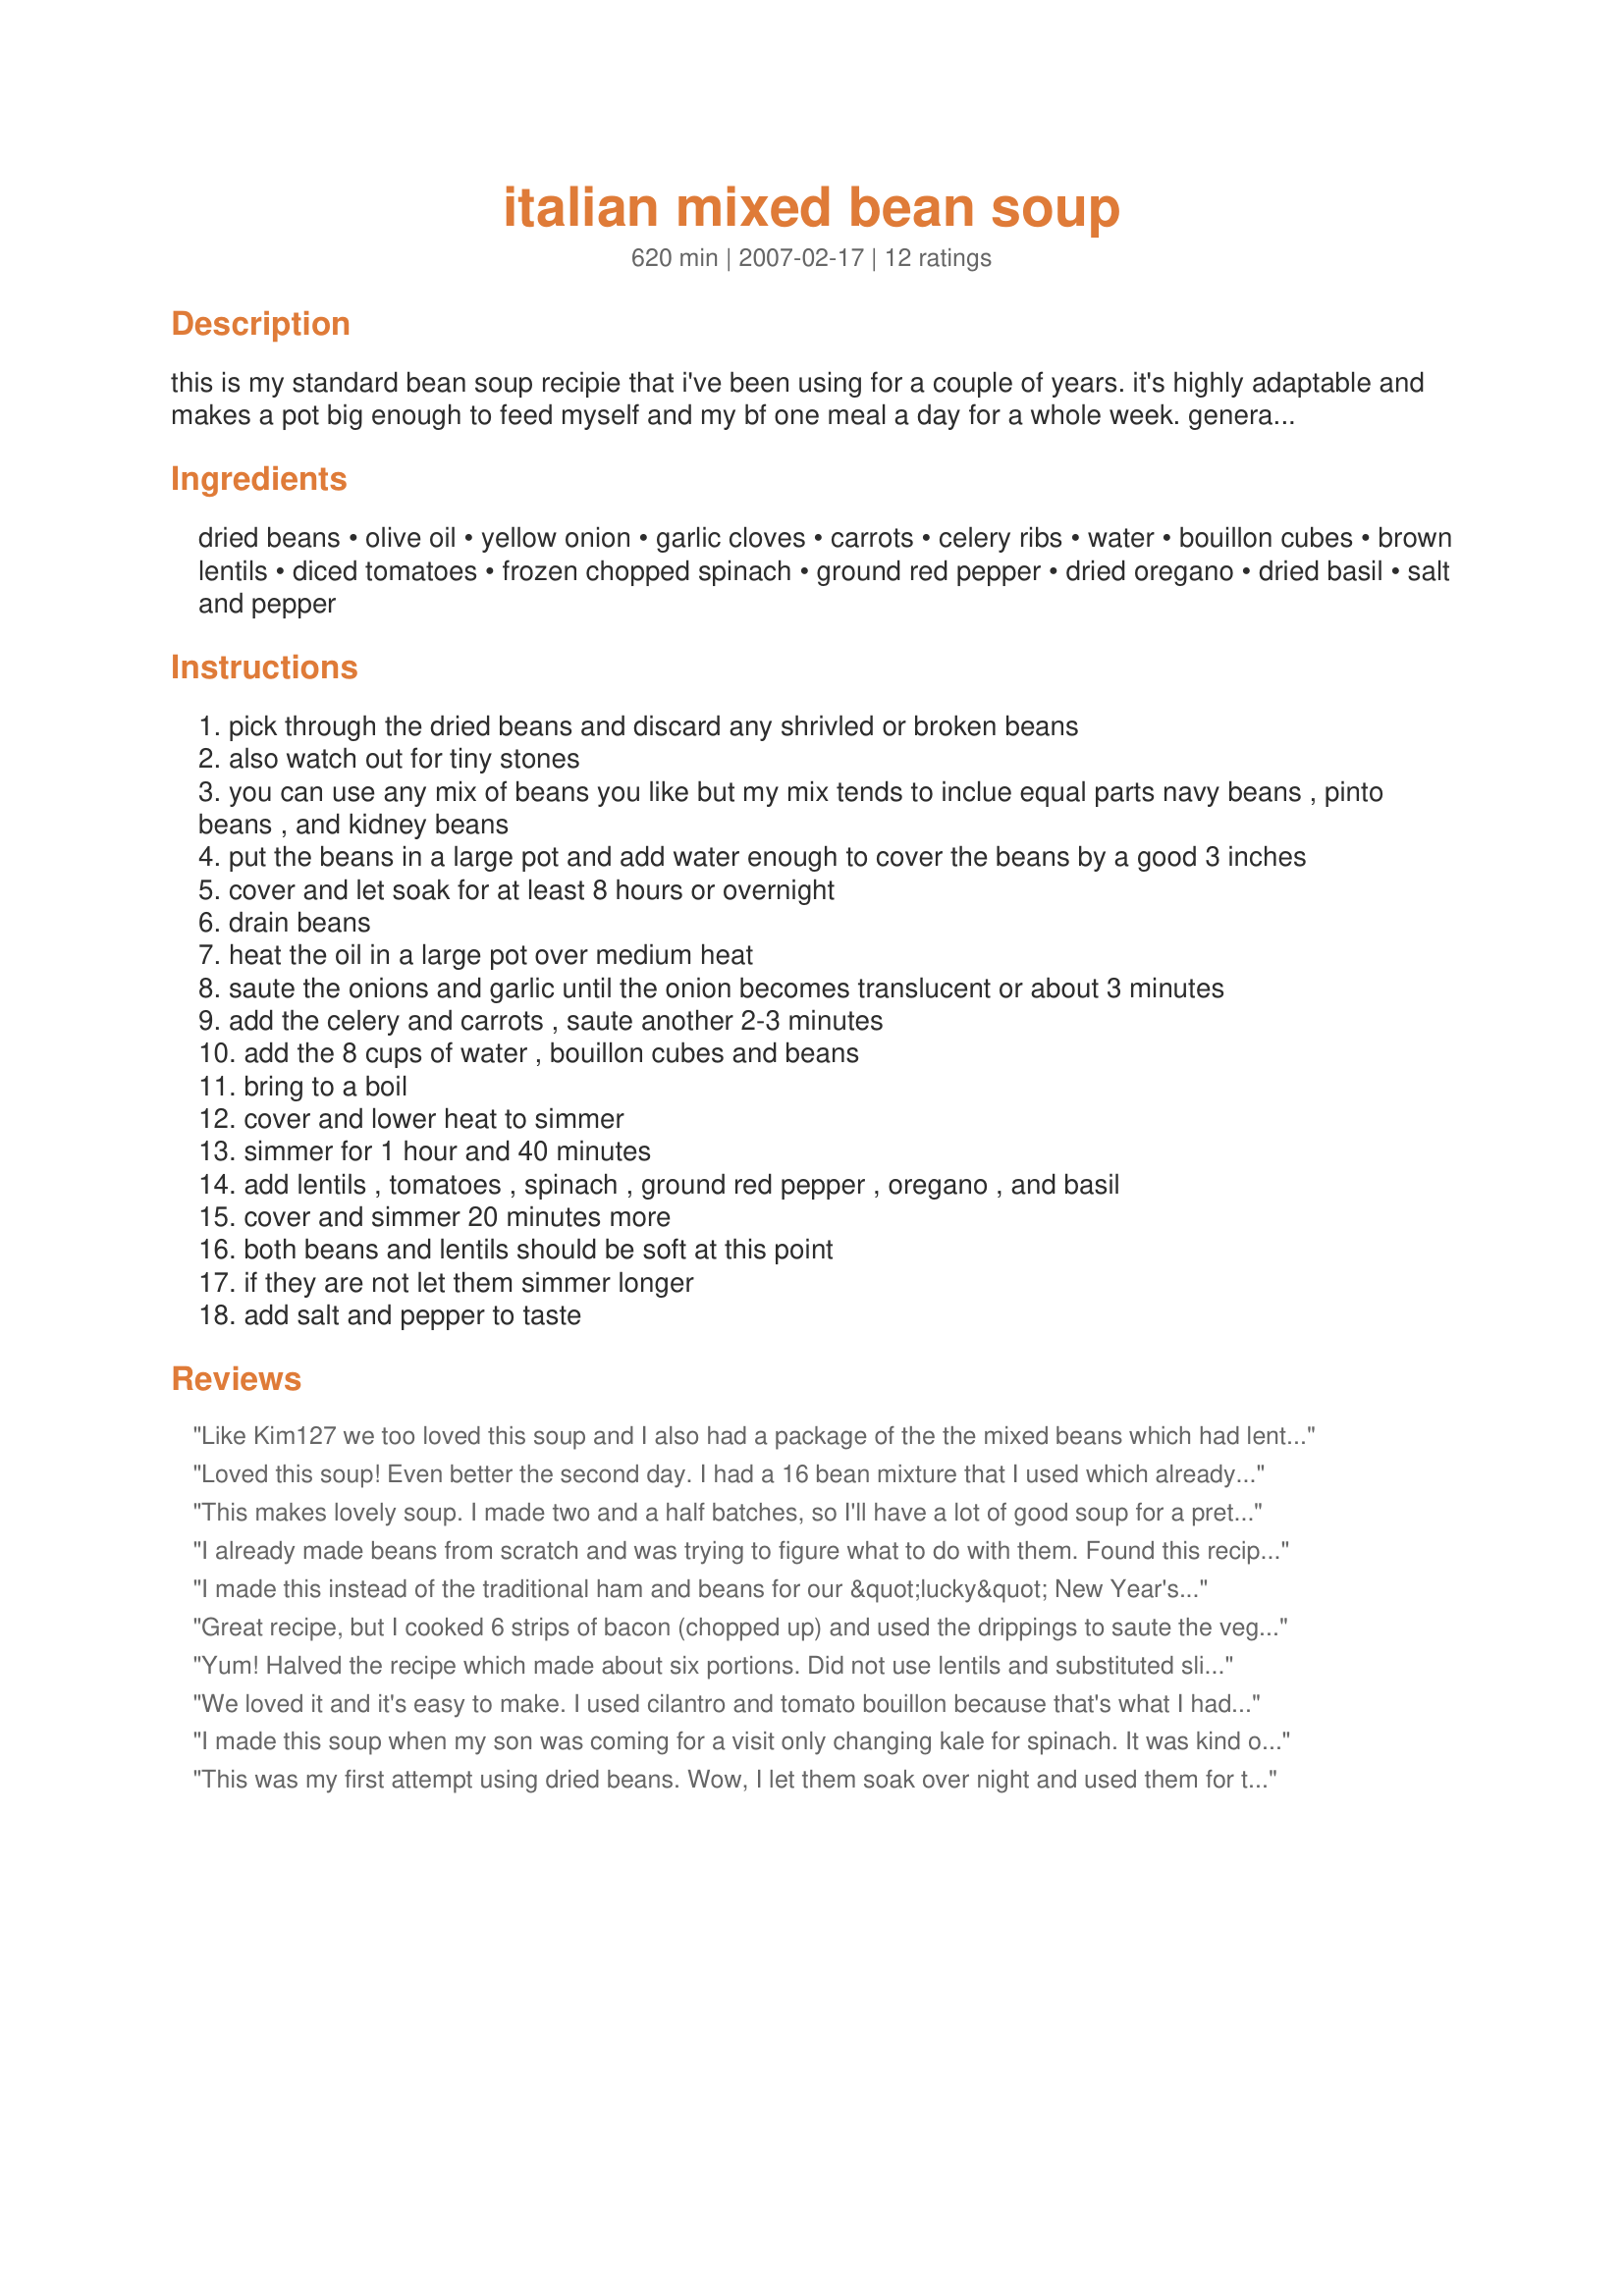
italian mixed bean soup
Preparation time: 620 minutes

this is my standard bean soup recipie that i've been using for a couple of years. it's highly adaptable and makes a pot big enough to feed myself and my bf one meal a day for a whole week. generally i take it to work for an easy lunch. :) it looks like a lot of work to make but it's actually quite simple.

the cooking time includes the 8 hours of soaking for the beans.

Ingredients:
dried beans, olive oil, yellow onion, garlic cloves, carrots, celery ribs, water, bouillon cubes, brown lentils, diced tomatoes, frozen chopped spinach, ground red pepper, dried oregano, dried basil, salt and pepper

Steps:
pick through the dried beans and discard any shrivled or broken beans
also watch out for tiny stones
you can use any mix of beans you like but my mix tends to inclue equal parts navy beans , pinto beans , and kidney beans
put the beans in a large pot and add water enough to cover the beans by a good 3 inches
cover and let soak for at least 8 hours or overnight
drain beans
heat the oil in a large pot over medium heat
saute the onions and garlic until the onion becomes translucent or about 3 minutes
add the celery and carrots , saute another 2-3 minutes
add the 8 cups of water , bouillon cubes and beans
bring to a boil
cover and lower heat to simmer
simmer for 1 hour and 40 minutes
add lentils , tomatoes , spinach , ground red pepper , oregano , and basil
cover and simmer 20 minutes more
both beans and lentils should be soft at this point
if they are not let them simmer longer
add salt and pepper to taste

Reviews:
Like Kim127 we too loved this soup and I also had a package of the the mixed beans which had lentils already added. Used the Italian seasoned tomatoes because that was what I had on hand, I am sure it would be just as good using diced tomatoes. A meal in itself. Not only tastes great but looks so appealing served in white bowls. We soup lovers enjoyed -thank you Umberle it's been added to my 'Favorite Soups' cookbook.
Loved this soup! Even better the second day. I had a 16 bean mixture that I used which already had the lentils in it, so I didn't add extra. I soaked them overnight and then added to the pot with the water. Also DH put in the request for me to add sausage, so I added a garlic cheese sausage that I sauteed sperately and added with the spinach. Umberle, this is going into the keeper file!! Thanks so much.
This makes lovely soup. I made two and a half batches, so I'll have a lot of good soup for a pretty long time. I did take some liberties with the recipe - I wanted to use up all the odds and ends of beans in the cupboard, so had a pretty ecletic mix. I used whole mung beans and split yellowish colored some kind of lentils I think, in place of the lentils. I only used one carrot, but put in a bunch of parsley. I added some tomato paste in place of some of the canned tomatoes. I had to cook this quite a while before my pretty elderly beans became tender. I did use a Japanese green leafy vegetable similar to spinach (komatsu na), because I prefer it. Anyway, I now have a huge pot of delicious soup, which I will portion out and freeze for later enjoyment. Thank you very much for this recipe. However, I would like to add that it doesn't seem to mention cooking the beans anywhere. I think that might be something nice to add.
I already made beans from scratch and was trying to figure what to do with them. Found this recipe and it was perfect. Used 2 cups of fresh spinach roughly chopped and added zucchini. Used fresh oregano which I had on hand and some basil paste. Pulled out some beans and broth, used the blender and returned it to the soup to make it even thicker. YUM!!!
I made this instead of the traditional ham and beans for our &quot;lucky&quot; New Year's dinner and it was a hit! To &quot;stretch&quot; the recipe and make it a one-pot meal, I added a cup of uncooked ditalini pasta and 1/2 lb of grilled Italian sausage chunks with the spinach (I used fresh). Then topped it with freshly grated parmigiana. Best soup I've ever made!
Great recipe, but I cooked 6 strips of bacon (chopped up) and used the drippings to saute the veggies. I also substituted chicken stock for the water and bouillon cubes. Delicious!
Yum! Halved the recipe which made about six portions. Did not use lentils and substituted sliced cabbage. Very happy with the outcome and would definitely make again.
We loved it and it's easy to make. I used cilantro and tomato bouillon because that's what I had on hand and frozen basil from my garden. At step 5 I put everything in my crockpot on high.
(I didn't include the celery or lentils)
Thank you!
I am definitly a home made soup lover since I found this website.
I made this soup when my son was coming for a visit only changing kale for spinach. It was kind of funny because every couple bites he would make comments like: &quot;wow good soup&quot;,then,&quot;this is really great soup&quot; and next &quot; I can&#039;t believe this soup.&quot; Until he finally exploded with, &quot; Mom I think this is the best soup I&#039;ve ever eaten in my life!&quot; And yes the rest of us love it too.
This was my first attempt using dried beans. Wow, I let them soak over night and used them for this recipe for an amazing end result. I followed the recipe exacly and it was so good. I tried to invite my husbands friends over for dinner but he said no so he could eat it all himself!
Fabulous and easy ! I added some shredded Napa cabbage and dried garbanzo beans that I soaked overnight with the other beans. I also added 1 cup of the ditalini pasta and that thickened it like a stew. My husband raved about it , too. I like recipes that make large amounts for freezing for those lazy days ! This recipe is a keeper !!
I added some ham hocks and ham, and eliminated the spinach. This soup was terrific and was even better as leftovers. This is a fantastic recipe for those cold winter days.
